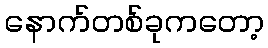
နောက်တစ်ခုကတော့